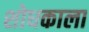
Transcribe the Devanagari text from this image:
शोधकाला